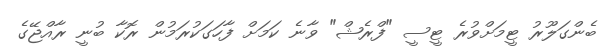
ބެންގަލޫރު ޓީމަށްވުރެ ޓީސީ "ފްރެޝް" ވާނެ ކަމަށް ފާހަގަކުރަމުން ރޮކާ ބުނީ ރާއްޖޭގެ